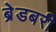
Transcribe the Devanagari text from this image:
ब्रेडबरी